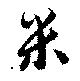
米